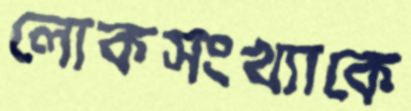
লোকসংখ্যাকে